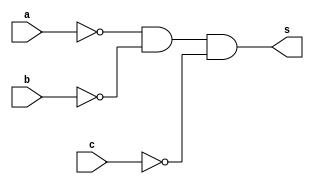
// ------------------------- 
// Ex04  - AND 
// Nome: Igor 

// ------------------------- 
// ------------------------- 
// -- and gate 
// ------------------------- 

	module andgate ( output s,input a,input b,input c ); 
	assign s = ~a & ~b & ~c; 
	endmodule // andgate 

// --------------------- 
// -- test and gate 
// --------------------- 
	
	module testandgate; 

// ------------------------- dados locais 
	
	reg a, b, c; // entrada 
	wire s; // saida 

// ------------------------- instancia 
	
	andgate AND1 (s, a, b, c); 

// ------------------------- preparacao 
	initial begin:start 
	a=0; b=0; c=0;
	end 

// ------------------------- parte principal 
	
	initial begin 
	$display("Ex04 - Igor Thadeu - 396704"); 
	$display("Test AND gate"); 
	$display("\na & b & c = s\n"); 
	a=0; b=0; c=0;
	#1 $display("%b & %b & %b = %b", a, b, c, s); 
	a=0; b=0; c=1; 
	#1 $display("%b & %b & %b = %b", a, b, c, s); 
	a=0; b=1; c=0; 
	#1 $display("%b & %b & %b = %b", a, b, c, s); 
	a=1; b=0; c=0; 
	#1 $display("%b & %b & %b = %b", a, b, c, s);
	a=1; b=1; c=0;
	#1 $display("%b & %b & %b = %b", a, b, c, s);
	a=1; b=0; c=1;
	#1 $display("%b & %b & %b = %b", a, b, c, s);
	a=0; b=1; c=1;
	#1 $display("%b & %b & %b = %b", a, b, c, s);
	a=1; b=1; c=1;

	end 
	endmodule // testandgate